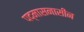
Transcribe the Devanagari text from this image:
पद्मासनासीन